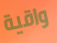
واقية